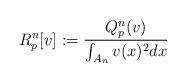
LaTeX: \begin{align*}R_p^n[v]:=\frac{Q_p^n(v)}{\int_{A_n} v(x)^2 dx}\end{align*}